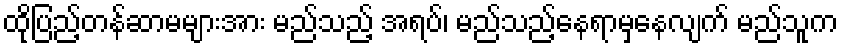
ထိုပြည့်တန်ဆာမများအား မည်သည့် အရပ်၊ မည်သည့်နေရာမှနေလျက် မည်သူက